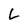
Character: L